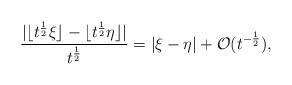
LaTeX: \begin{align*}\frac{|\lfloor t^\frac{1}{2} \xi \rfloor - \lfloor t^\frac{1}{2} \eta \rfloor |}{t^\frac{1}{2}} = |\xi - \eta| + \mathcal{O}(t^{-\frac{1}{2}}),\end{align*}